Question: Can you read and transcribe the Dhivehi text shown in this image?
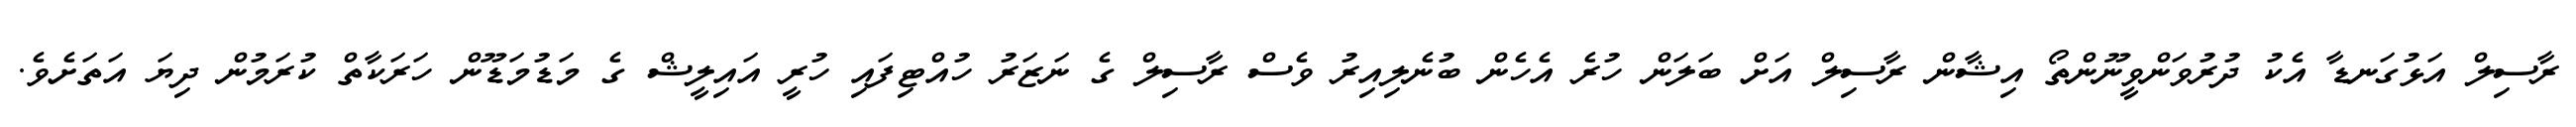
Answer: ރާސިލް އަޅުގަނޑާ އެކު ދުރުވަންވީނޫންތޯ އިޝާން ރާސިލް އަށް ބަލަން ހުރެ އެހެން ބުނެލިއިރު ވެސް ރާސިލް ގެ ނަޒަރު ހުއްޓިފައި ހުރީ އައިލީޝް ގެ މަޑުމަޑޫން ހަރަކާތް ކުރަމުން ދިޔަ އަތަށެވެ.